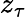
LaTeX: z_{\tau}